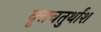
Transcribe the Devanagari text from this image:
वृत्तचतुर्थांश